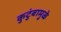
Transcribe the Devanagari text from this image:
कुटुंबामुळे